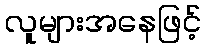
လူများအနေဖြင့်